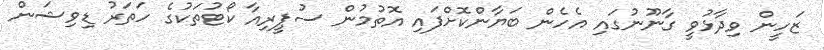
ޒަހީން ވިދާޅުވީ ގާނޫނުގައި އެހެން ބަޔާންކޮށްފައި އޮތުމުން ސުޕީރިއާ ކޯޓުތަކުގެ ހަތަރު ޑިވިޝަން